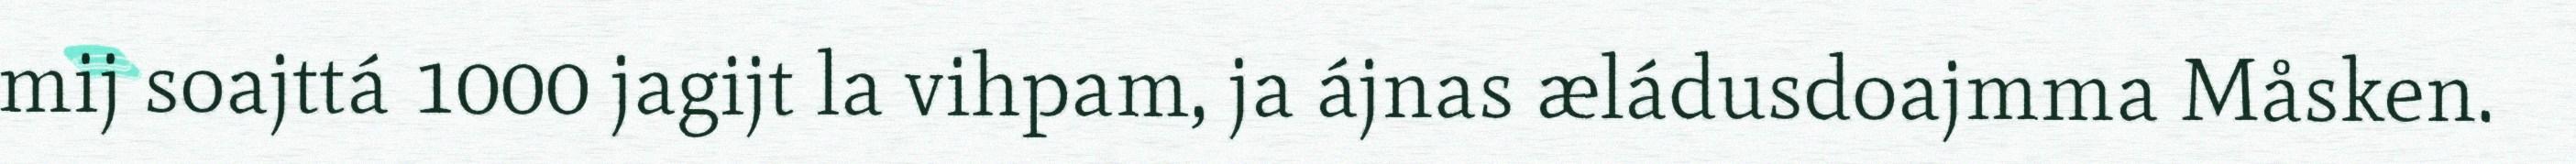
mij soajttá 1000 jagijt la vihpam, ja ájnas æládusdoajmma Måsken.